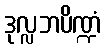
ဒုလ္လဘပိဏ္ဍံ